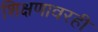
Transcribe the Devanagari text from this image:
शिक्षणावरही